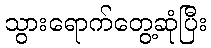
သွားရောက်တွေ့ဆုံပြီး